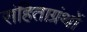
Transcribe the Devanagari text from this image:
संहिताग्रंथों